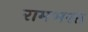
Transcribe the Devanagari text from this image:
रामभरत